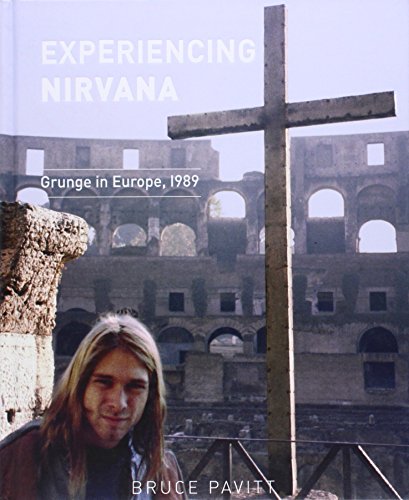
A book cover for Experiencing Nirvana: Grunge in Europe, 1989; Bruce Pavitt; Arts & Photography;